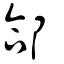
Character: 郃